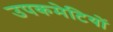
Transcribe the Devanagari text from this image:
उपकमेटियों